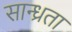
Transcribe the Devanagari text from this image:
सान्ध्रता